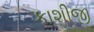
કાશીજી